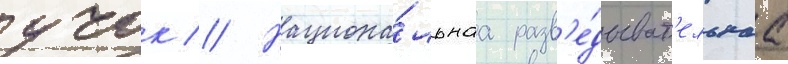
учок // Национа́льнаа разв'е́дыват'ельнаа